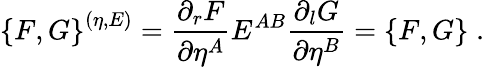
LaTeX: \left\{ F,G\right\} ^{(\eta,E)}=\frac{\partial_{r}F}{\partial\eta^{A}}E^{AB}\frac{\partial_{l}G}{\partial\eta^{B}}=\left\{ F,G\right\} \; .